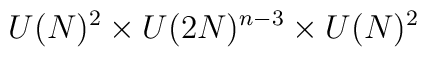
U(N)^{2}\times U(2N)^{n-3}\times U(N)^{2}